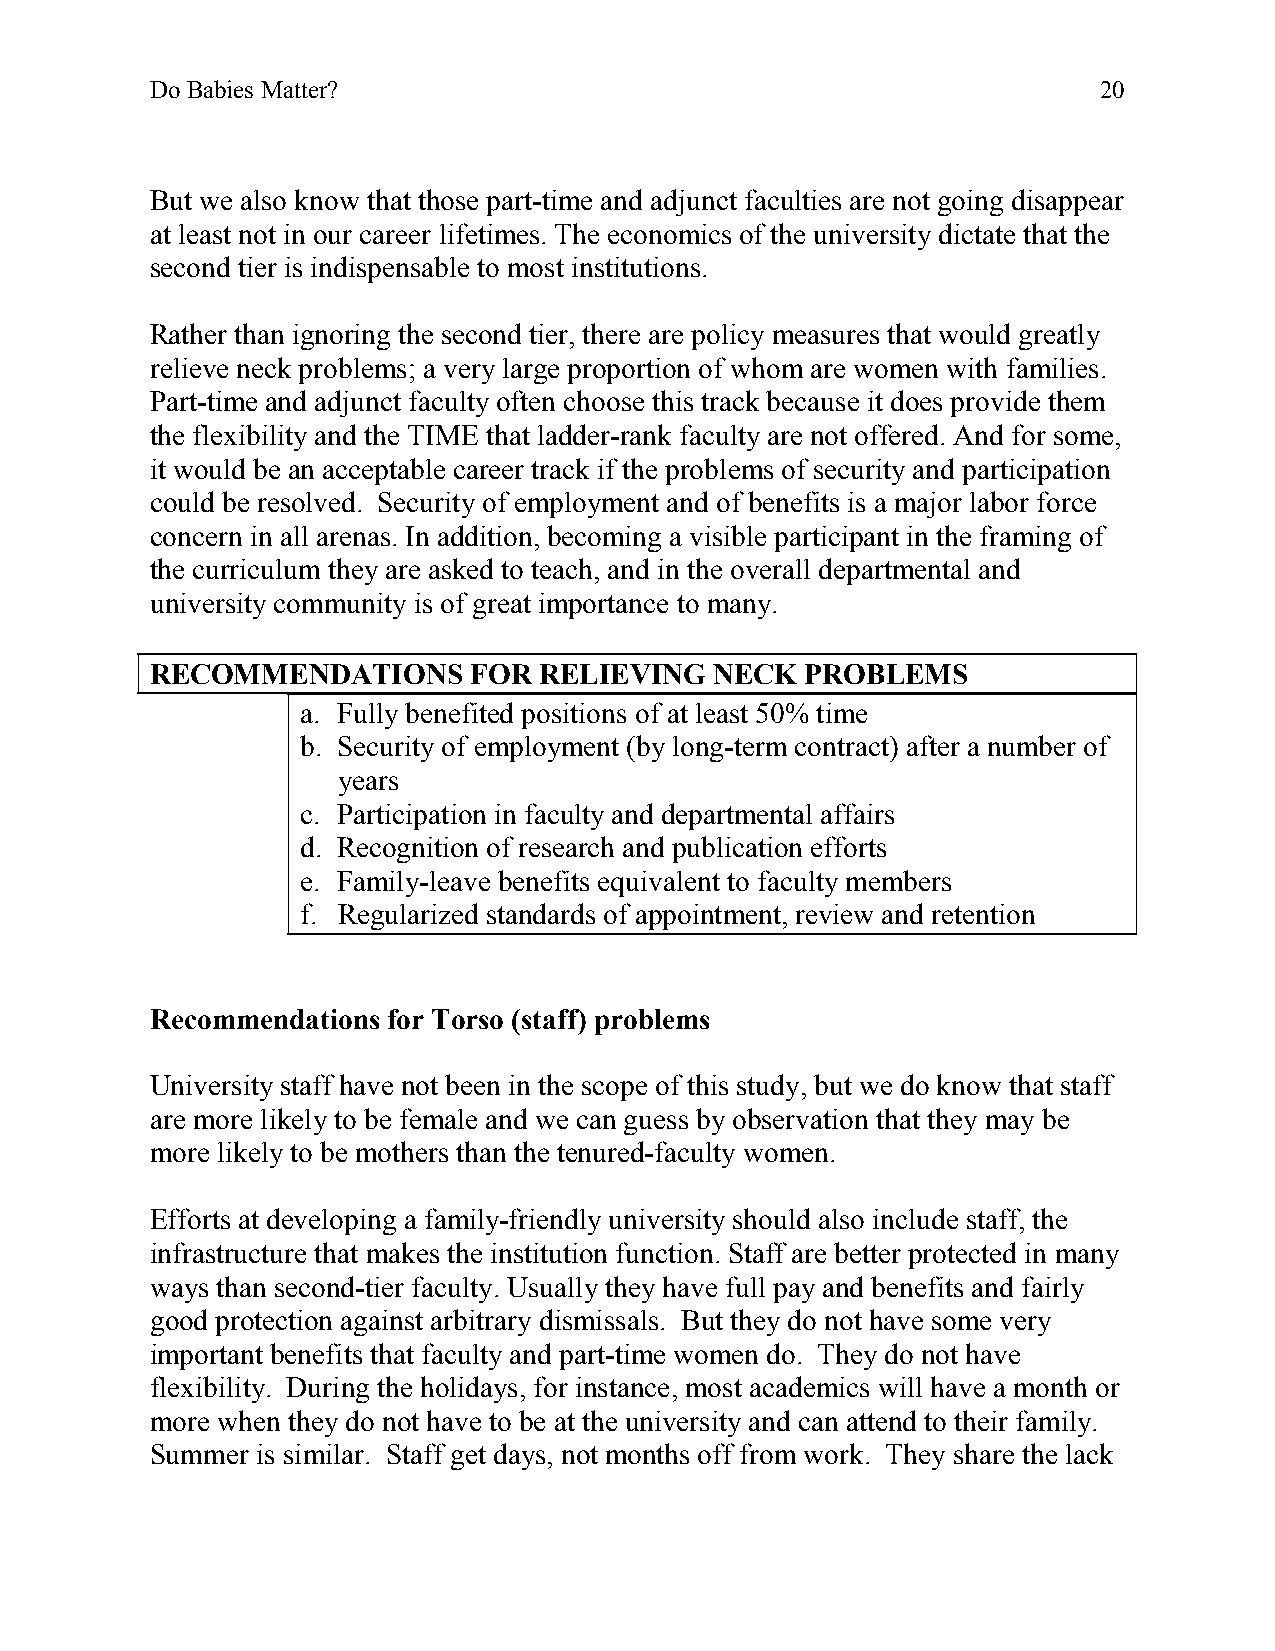
Do Babies Matter?                                              20
 But we also know that those part-time and adjunct faculties are not going disappear
 at least not in our career lifetimes. The economics of the university dictate that the
 second tier is indispensable to most institutions.
 Rather than ignoring the second tier, there are policy measures that would greatly
 relieve neck problems; a very large proportion of whom are women with families.
 Part-time and adjunct faculty often choose this track because it does provide them
 the flexibility and the TIME that ladder-rank faculty are not offered. And for some,
 it would be an acceptable career track if the problems of security and participation
 could be resolved. Security of employment and of benefits is a major labor force
 concern in all arenas. In addition, becoming a visible participant in the framing of
 the curriculum they are asked to teach, and in the overall departmental and
 university community is of great importance to many.
 RECOMMENDATIONS      FOR  RELIEVING  NECK  PROBLEMS
 a. Fully benefited positions of at least 50% time
 b. Security of employment (by long-term contract) after a number of
 years
 c. Participation in faculty and departmental affairs
 d. Recognition of research and publication efforts
 e. Family-leave benefits equivalent to faculty members
 f. Regularized standards of appointment, review and retention
 Recommendations for Torso (staff) problems
 University staff have not been in the scope of this study, but we do know that staff
 are more likely to be female and we can guess by observation that they may be
 more likely to be mothers than the tenured-faculty women.
 Efforts at developing a family-friendly university should also include staff, the
 infrastructure that makes the institution function. Staff are better protected in many
 ways than second-tier faculty. Usually they have full pay and benefits and fairly
 good protection against arbitrary dismissals. But they do not have some very
 important benefits that faculty and part-time women do. They do not have
 flexibility. During the holidays, for instance, most academics will have a month or
 more when they do not have to be at the university and can attend to their family.
 Summer is similar. Staff get days, not months off from work. They share the lack